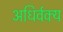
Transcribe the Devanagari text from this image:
अधिर्वक्य